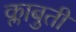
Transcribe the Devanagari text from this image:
क्लाबुती